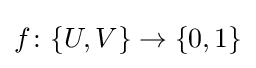
f\colon \{U,V\}\to \{0,1\}